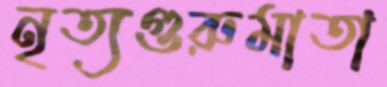
নৃত্যগুরুমাতা